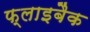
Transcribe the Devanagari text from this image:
फ्लाइबैक